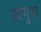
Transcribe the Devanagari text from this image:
खंगुरा